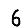
Digit: 6